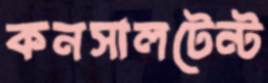
কনসালটেন্ট